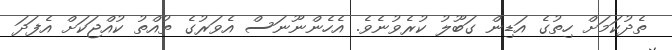
ތެދުކަމަށް ހިތުގެ އަޑިން ގަބޫލު ކުރެވުނެވެ. އެހެންނޫނަސް އެވަރުގެ ތުއްތު ކުއްޖަކަށް އެފަދަ